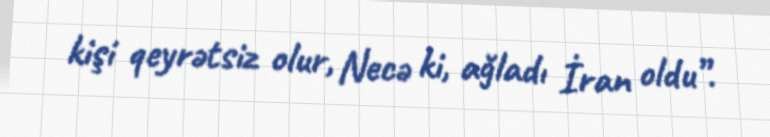
kişi qeyrətsiz olur, Necə ki, ağladı İran oldu”.